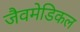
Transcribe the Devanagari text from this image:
जैवमेडिकल